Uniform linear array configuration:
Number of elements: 24
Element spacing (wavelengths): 1
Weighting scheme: exponential
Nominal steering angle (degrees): -30
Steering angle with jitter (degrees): -30.719
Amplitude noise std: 0.05
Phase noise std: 0.05

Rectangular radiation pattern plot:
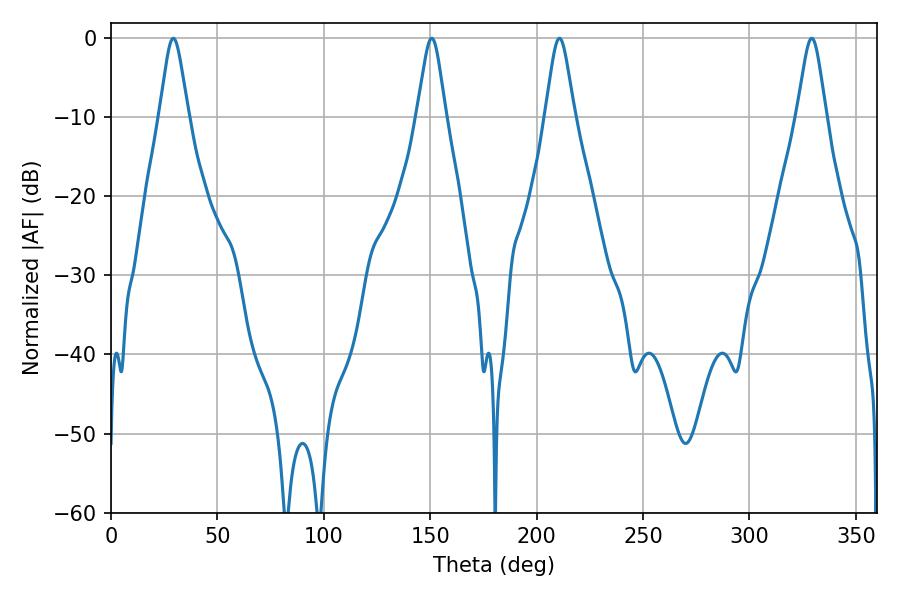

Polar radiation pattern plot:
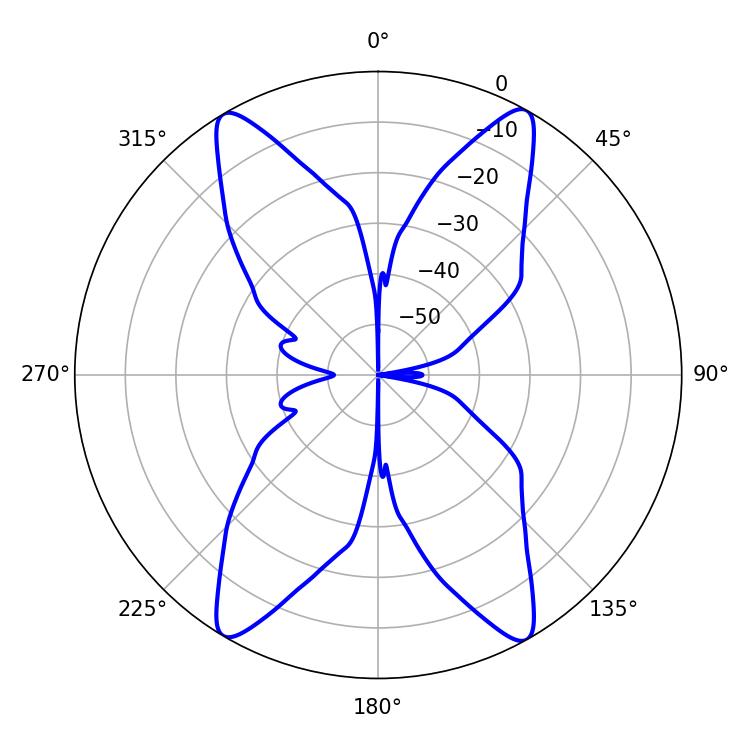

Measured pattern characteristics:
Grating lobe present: TRUE
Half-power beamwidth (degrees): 6.48
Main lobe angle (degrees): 210.78